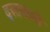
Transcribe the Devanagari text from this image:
दस्‍तकारी